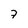
Character: 7